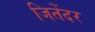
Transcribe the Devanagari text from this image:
जितेंदर